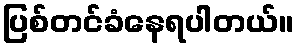
ပြစ်တင်ခံနေရပါတယ်။